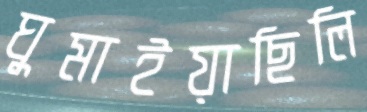
ঘুমাইয়াছিলি